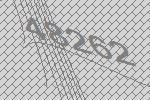
48262